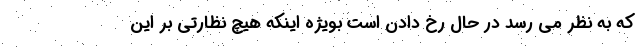
که به نظر می رسد در حال رخ دادن است بویژه اینکه هیچ نظارتی بر این